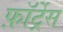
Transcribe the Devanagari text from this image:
फ़ॉर्ट्रेस